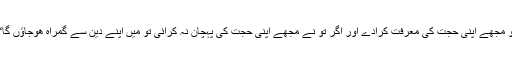
تو مجھے اپنی حجت کی معرفت کرادے اور اگر تو نے مجھے اپنی حجت کی پہچان نہ کرائی تو میں اپنے دین سے گمراہ ھوجاؤں گا“۔